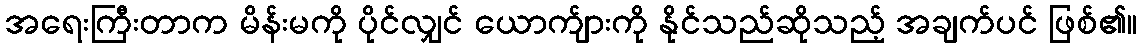
အရေးကြီးတာက မိန်းမကို ပိုင်လျှင် ယောက်ျားကို နိုင်သည်ဆိုသည့် အချက်ပင် ဖြစ်၏။